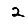
Digit: 2